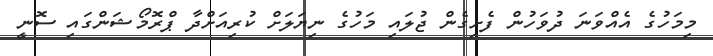
މިމަހުގެ އެއްވަނަ ދުވަހުން ފެށިގެން ޖުލައި މަހުގެ ނިޔަލަށް ކުރިއަށްދާ ޕްރޮމޯޝަންގައި ސޮނީ